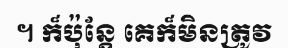
។ ក៏ប៉ុន្តែ គេក៏មិនត្រូវ